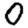
Digit: 0